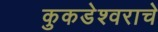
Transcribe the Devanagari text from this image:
कुकडेश्वराचे